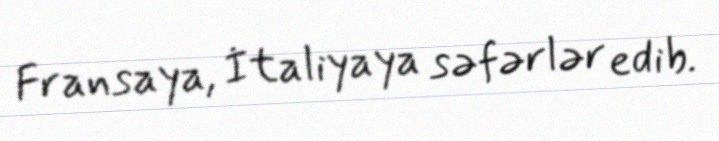
Fransaya, İtaliyaya səfərlər edib.